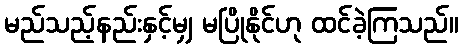
မည်သည့်နည်းနှင့်မျှ မပြိုနိုင်ဟု ထင်ခဲ့ကြသည်။